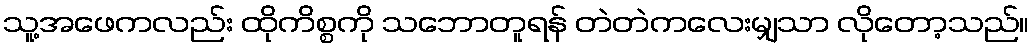
သူ့အဖေကလည်း ထိုကိစ္စကို သဘောတူရန် တဲတဲကလေးမျှသာ လိုတော့သည်။